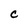
Character: C